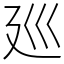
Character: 廵